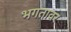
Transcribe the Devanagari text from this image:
भगतावर